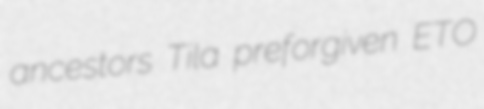
ancestors Tila preforgiven ETO